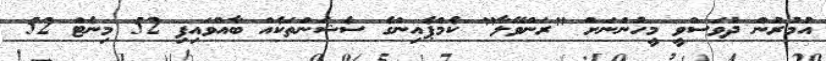
އުމުރުން ދުވަސްވީ މީހުންނަށް "ރަންވޭލާ" ކެމްޕެއިންގެ ސެޝަންތަކެއް ބާއްވައިފި 52 މިނެޓް 52